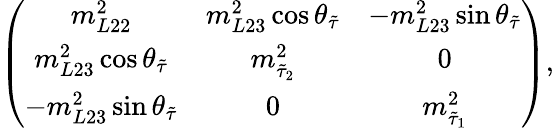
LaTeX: \left(\begin{array}{ccc}{{m_{L22}^{2}}}&{{m_{L23}^{2}\cos\theta_{\tilde{\tau}}}}&{{-m_{L23}^{2}\sin\theta_{\tilde{\tau}}}}\\ {{m_{L23}^{2}\cos\theta_{\tilde{\tau}}}}&{{m_{\tilde{\tau}_{2}}^{2}}}&{{0}}\\ {{-m_{L23}^{2}\sin\theta_{\tilde{\tau}}}}&{{0}}&{{m_{\tilde{\tau}_{1}}^{2}}}\end{array}\right),